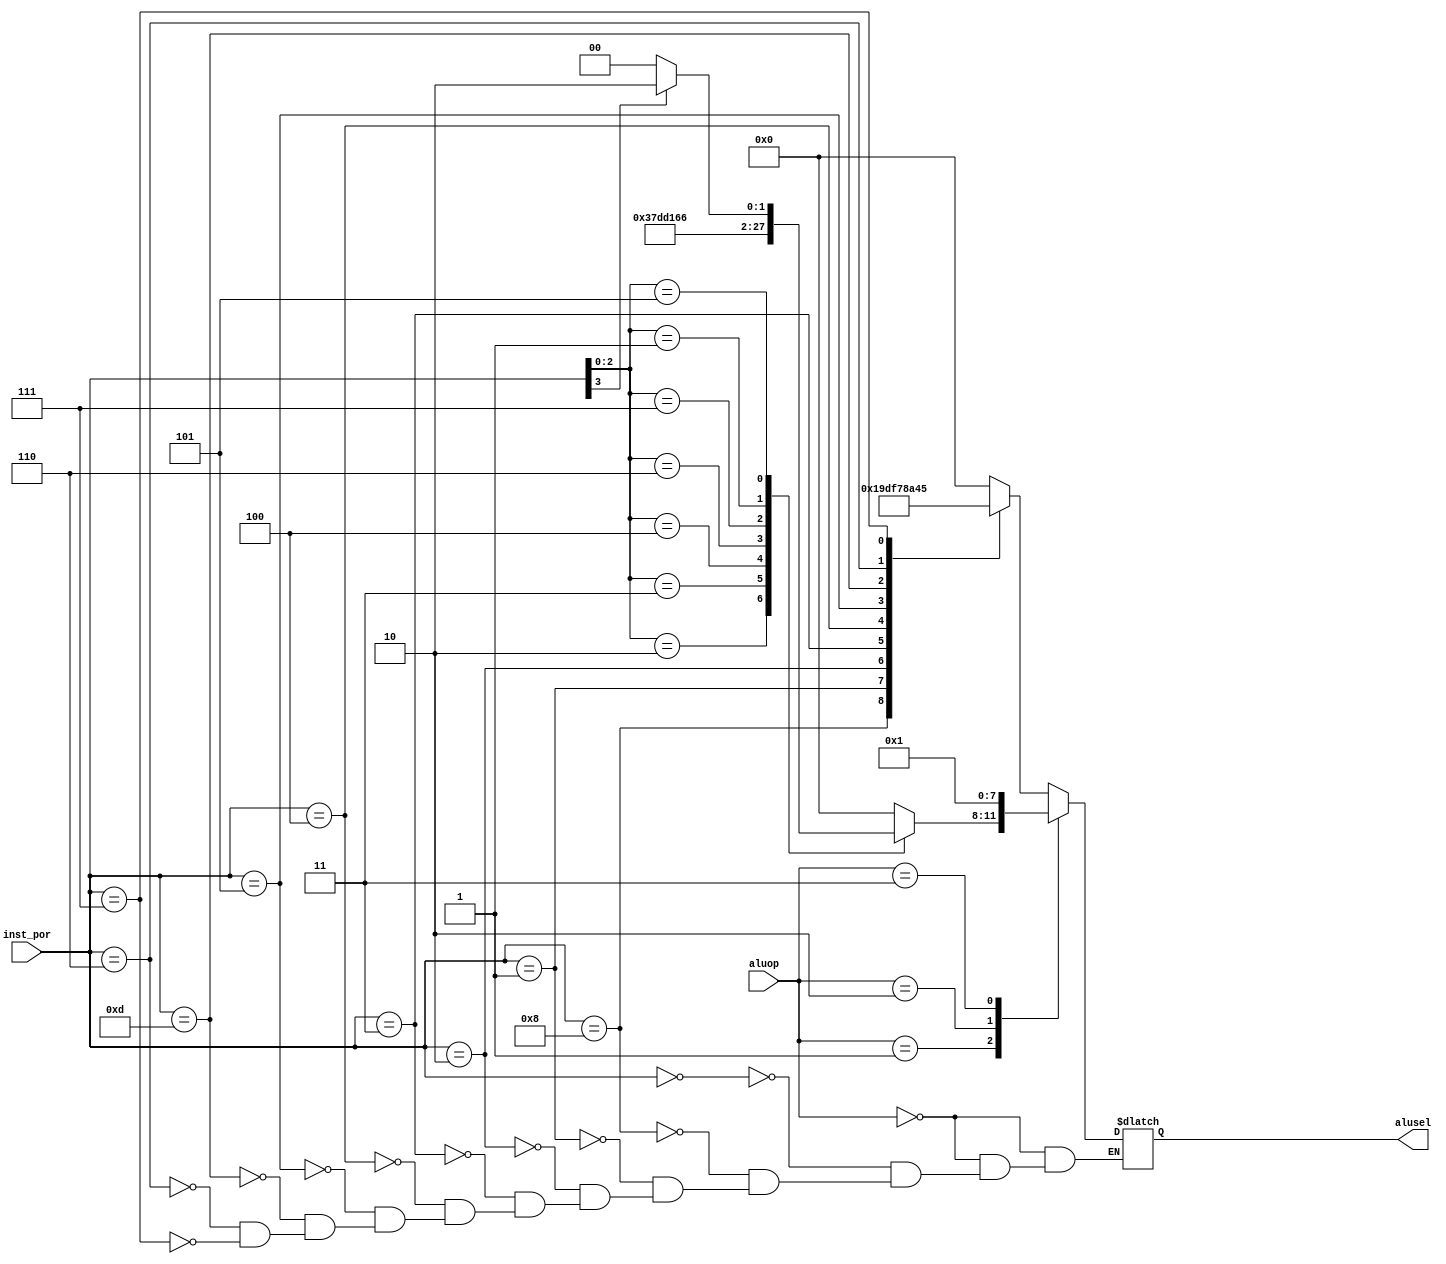
`timescale 1ns / 1ps
//////////////////////////////////////////////////////////////////////////////////
// Company: 
// Engineer: 
// 
// Design Name: 
// Module Name: alucontrolunit
// Project Name: 
// Target Devices: 
// Tool Versions: 
// Description: 
// 
// Dependencies: 
// 
// Revision:
// Revision 0.01 - File Created
// Additional Comments:
// 
//////////////////////////////////////////////////////////////////////////////////

//increasing aluop to 3 bits (maybe 4)
module alucontrolunit(
input [1:0]aluop, input [3:0] inst_por, output reg [3:0]alusel
    );
    //inst_por[2:0] is equal inst[14:12] & inst_por[3] is equal inst[30]
    
    always@(*)
    begin
    case(aluop)
        2'b00: //add
        begin
        case(inst_por)
        4'b0000: alusel = 4'b0000; //add
        4'b1000: alusel = 4'b0001; //sub
        4'b0001: alusel = 4'b1001; //sll
        4'b0010: alusel = 4'b1101; //slt
        4'b0011: alusel = 4'b1111; //sltu
        4'b0100: alusel = 4'b0111; //xor
        4'b0101: alusel = 4'b1000; //srl
        4'b1101: alusel = 4'b1010; //sra
        4'b0110: alusel = 4'b0100; //or
        4'b0111: alusel = 4'b0101; //and
        endcase
        end
        //Itype
        2'b01:
        begin
            case(inst_por[2:0])
                3'b000: alusel = 4'b0000; //addi
                3'b010: alusel = 4'b1101; //slti
                3'b011: alusel = 4'b1111; //sltiu
                3'b100: alusel = 4'b0111; //xori
                3'b110: alusel = 4'b0100; //ori
                3'b111: alusel = 4'b0101; //andi
                3'b001: alusel = 4'b1001; //slli
                3'b101:
                begin
                    case(inst_por[3])
                        1'b0: alusel = 4'b1000; //srli 
                        1'b1: alusel = 4'b1010; //srai
                    endcase
                end
            endcase
        end
        
        //store/load/jalr
        2'b10: alusel = 4'b0000; //add
        //branch
        2'b11: alusel= 4'b0001; //sub
    endcase 
    end
endmodule